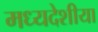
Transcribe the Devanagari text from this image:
मध्यदेशीया